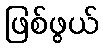
ဖြစ်ဖွယ်